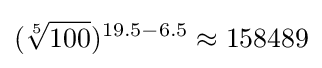
({\sqrt[{5}]{100}})^{19.5-6.5}\approx 158489